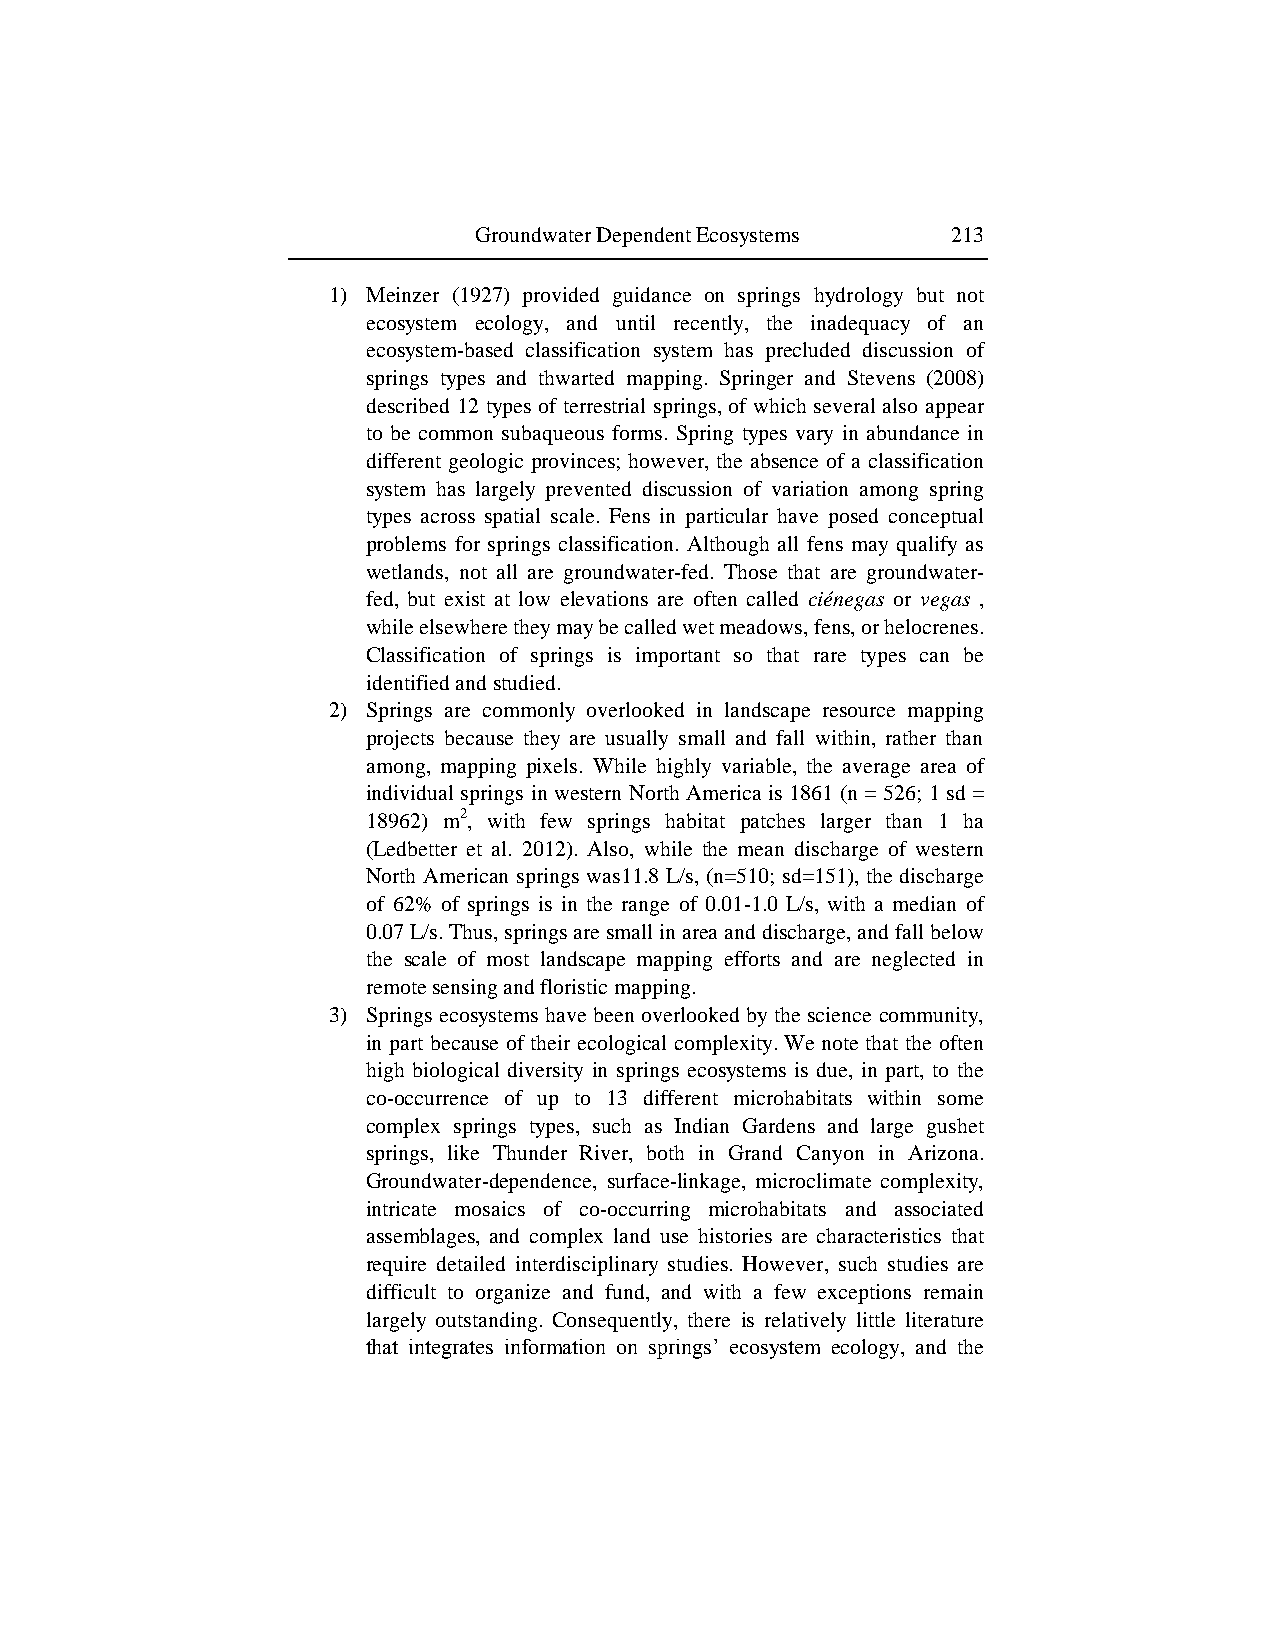
Groundwater Dependent Ecosystems 213
 1) Meinzer (1927) provided guidance on springs hydrology but not
 ecosystem ecology, and until recently, the inadequacy of an
 ecosystem-based classification system has precluded discussion of
 springs types and thwarted mapping. Springer and Stevens (2008)
 described 12 types of terrestrial springs, of which several also appear
 to be common subaqueous forms. Spring types vary in abundance in
 different geologic provinces; however, the absence of a classification
 system has largely prevented discussion of variation among spring
 types across spatial scale. Fens in particular have posed conceptual
 problems for springs classification. Although all fens may qualify as
 wetlands, not all are groundwater-fed. Those that are groundwater-
 fed, but exist at low elevations are often called ciénegas or vegas ,
 while elsewhere they may be called wet meadows, fens, or helocrenes.
 Classification of springs is important so that rare types can be
 identified and studied.
 2) Springs are commonly overlooked in landscape resource mapping
 projects because they are usually small and fall within, rather than
 among, mapping pixels. While highly variable, the average area of
 individual springs in western North America is 1861 (n = 526; 1 sd =
 18962) m2, with few springs habitat patches larger than 1 ha
 (Ledbetter et al. 2012). Also, while the mean discharge of western
 North American springs was11.8 L/s, (n=510; sd=151), the discharge
 of 62% of springs is in the range of 0.01-1.0 L/s, with a median of
 0.07 L/s. Thus, springs are small in area and discharge, and fall below
 the scale of most landscape mapping efforts and are neglected in
 remote sensing and floristic mapping.
 3) Springs ecosystems have been overlooked by the science community,
 in part because of their ecological complexity. We note that the often
 high biological diversity in springs ecosystems is due, in part, to the
 co-occurrence of up to 13 different microhabitats within some
 complex springs types, such as Indian Gardens and large gushet
 springs, like Thunder River, both in Grand Canyon in Arizona.
 Groundwater-dependence, surface-linkage, microclimate complexity,
 intricate mosaics of co-occurring microhabitats and associated
 assemblages, and complex land use histories are characteristics that
 require detailed interdisciplinary studies. However, such studies are
 difficult to organize and fund, and with a few exceptions remain
 largely outstanding. Consequently, there is relatively little literature
 that integrates information on springs‟ ecosystem ecology, and the